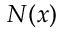
N ( x )